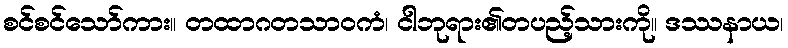
စင်စင်သော်ကား။ တထာဂတသာဝကံ၊ ငါဘုရား၏တပည့်သားကို။ ဒဿနာယ၊